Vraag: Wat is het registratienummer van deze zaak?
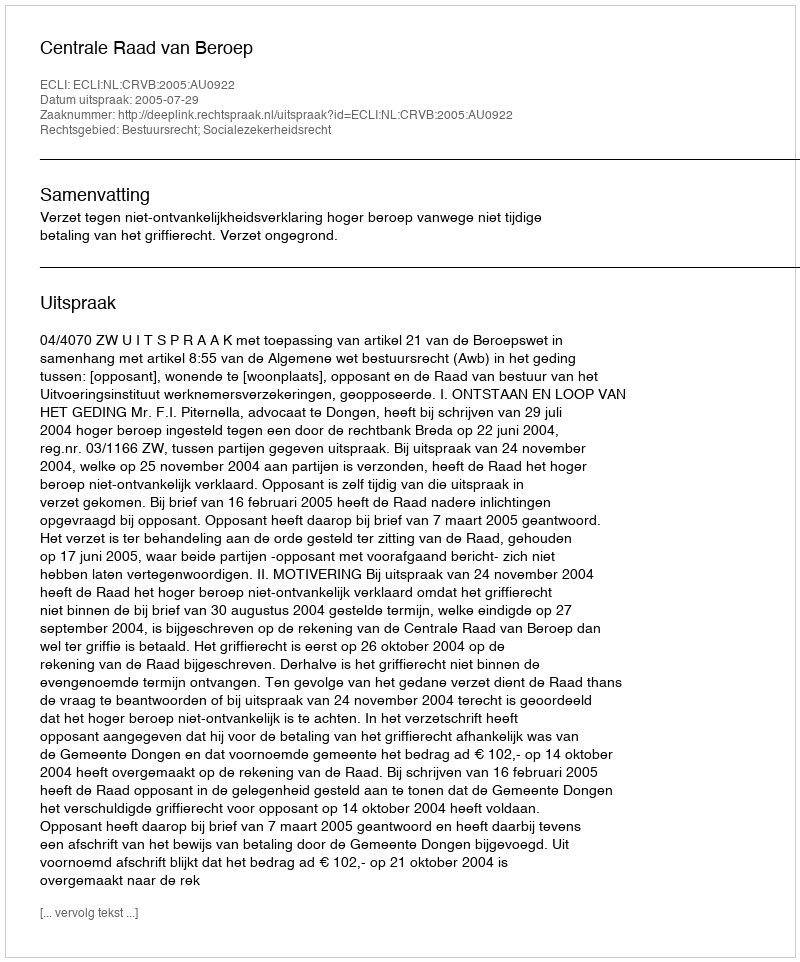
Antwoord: http://deeplink.rechtspraak.nl/uitspraak?id=ECLI:NL:CRVB:2005:AU0922